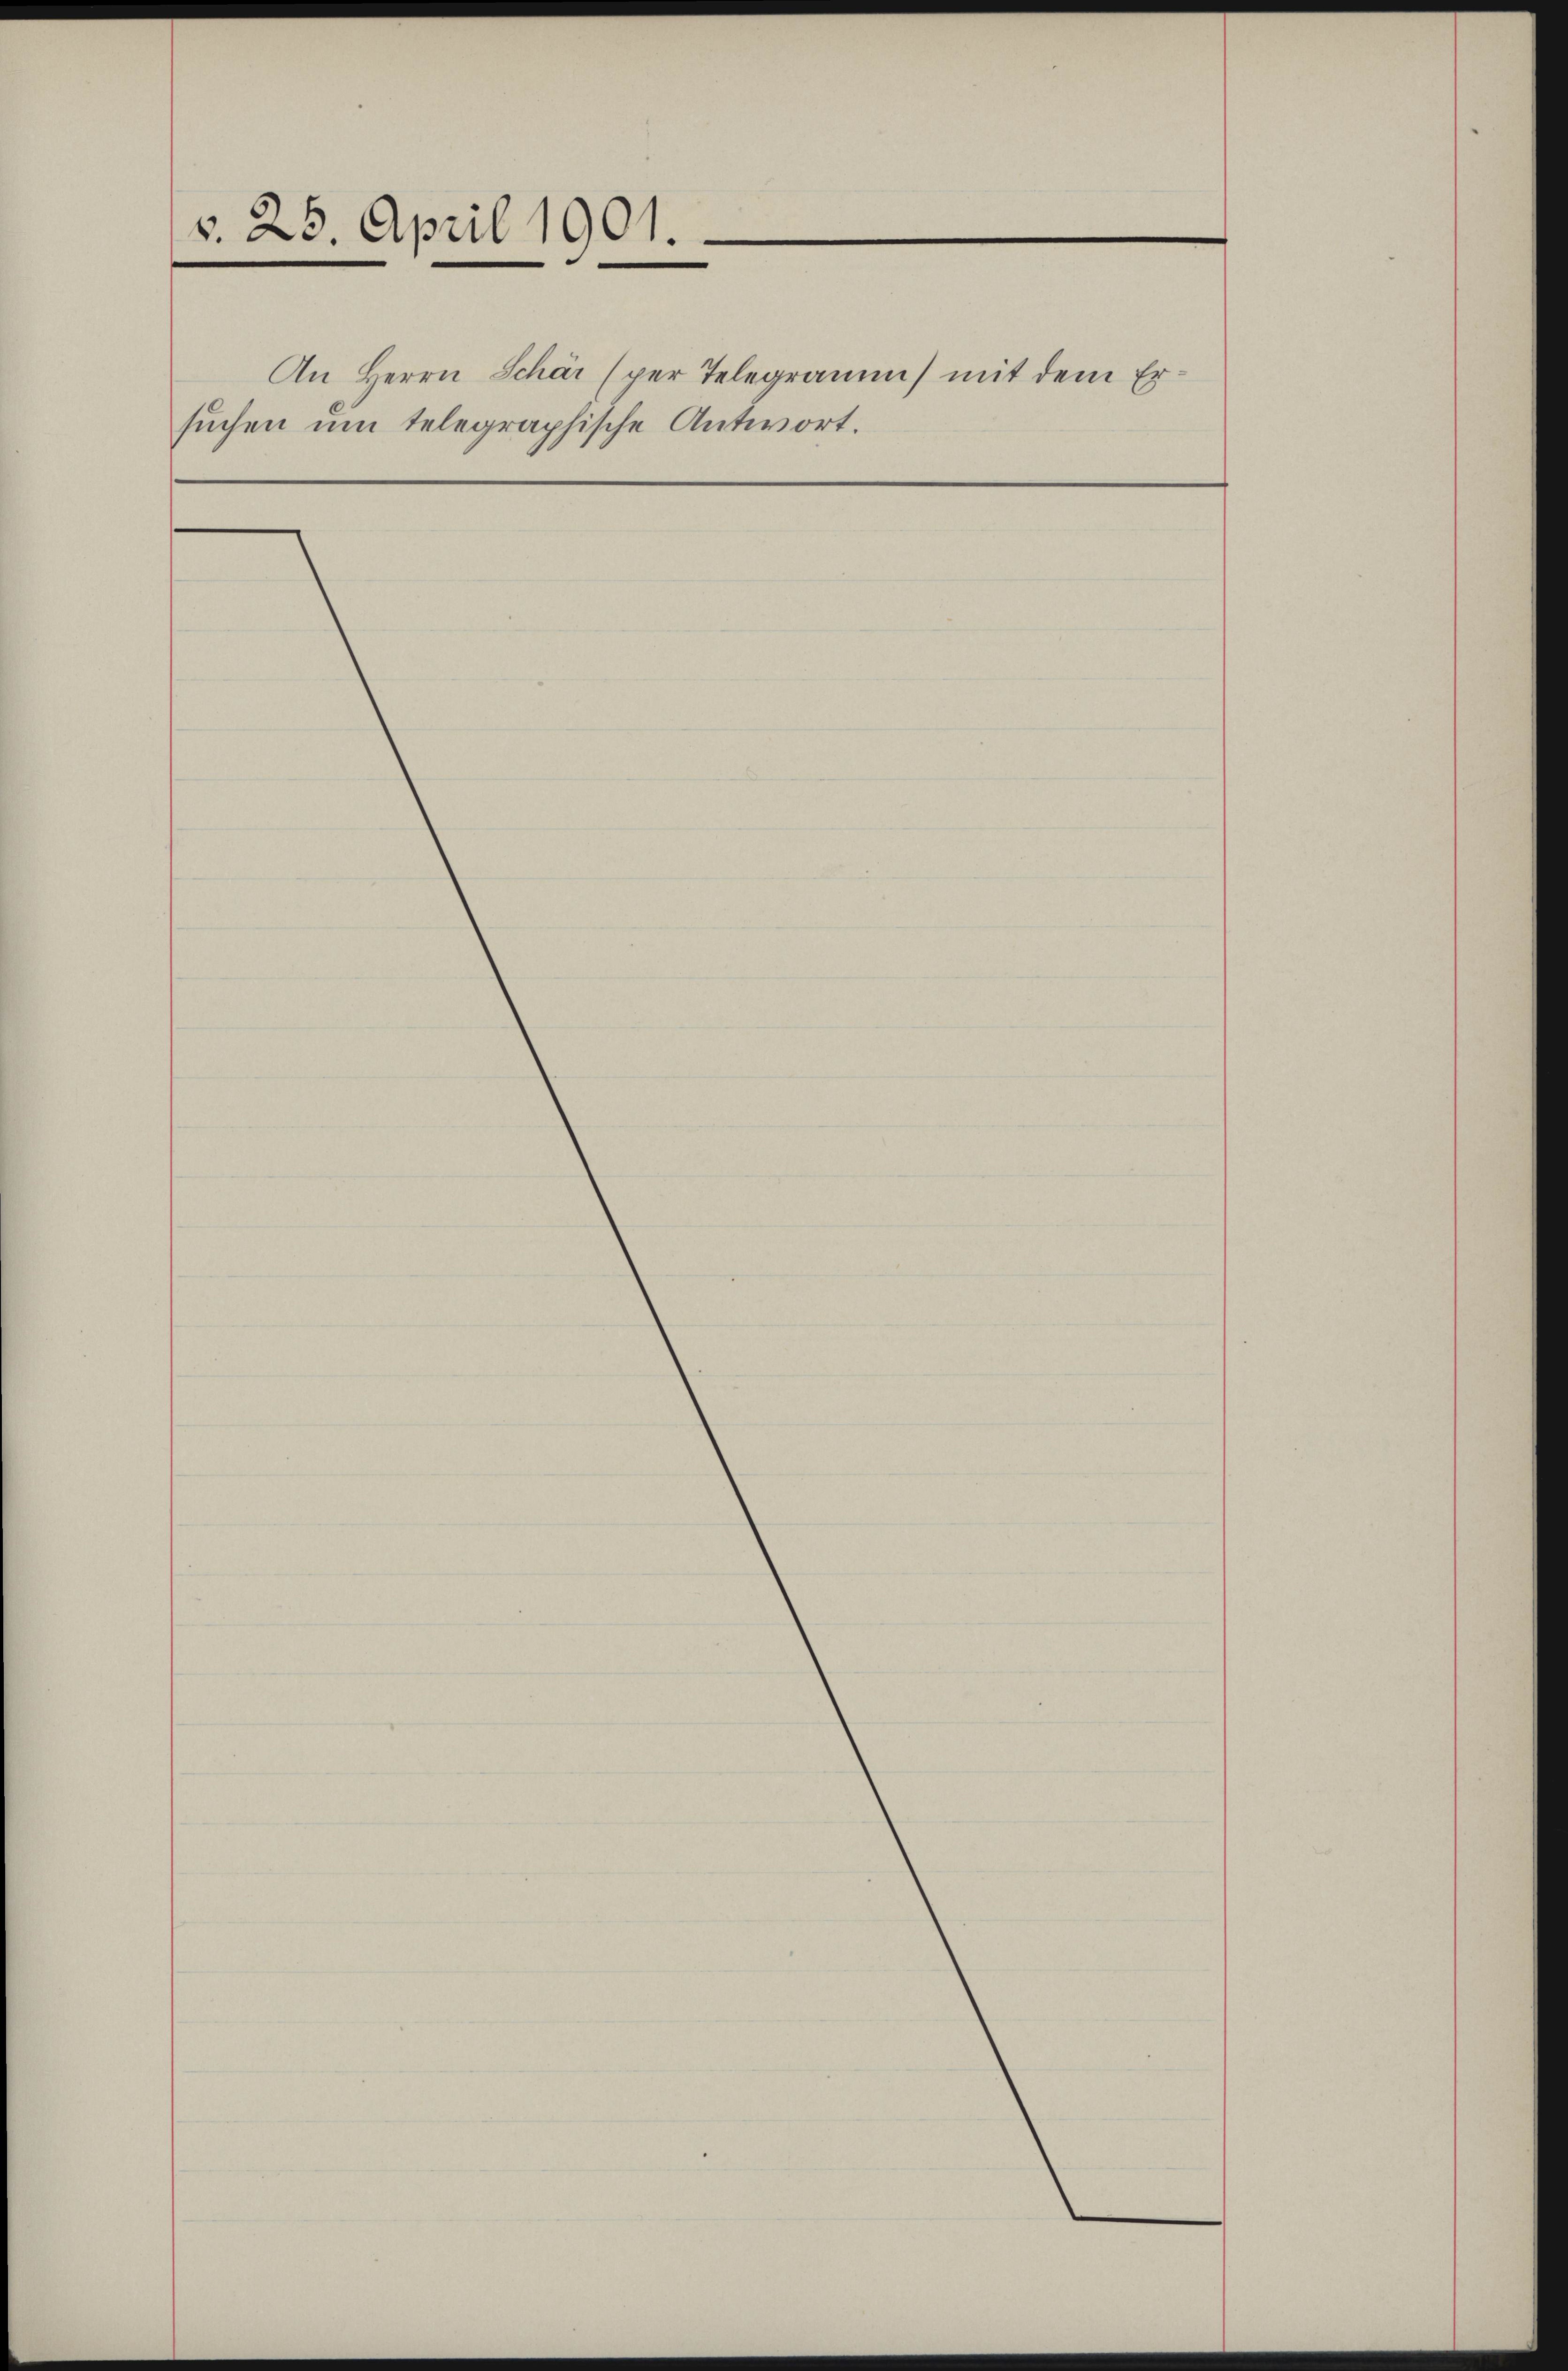
v. 25. April 1901.

suchen um telegraphische Antwort.

An Herrn Schär (per Telegramm mit dem Er¬